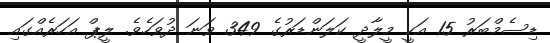
ޑިސެމްބަރު 15 އަކީ މީލާދީ ކަލަންޑަރުގެ 349 ވަނަ ދުވަހެވެ. ލީޕް އަހަރެއްގައި